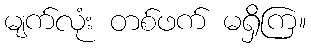
မျက်လုံး တစ်ဖက် မရှိကြ။